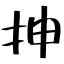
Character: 抻